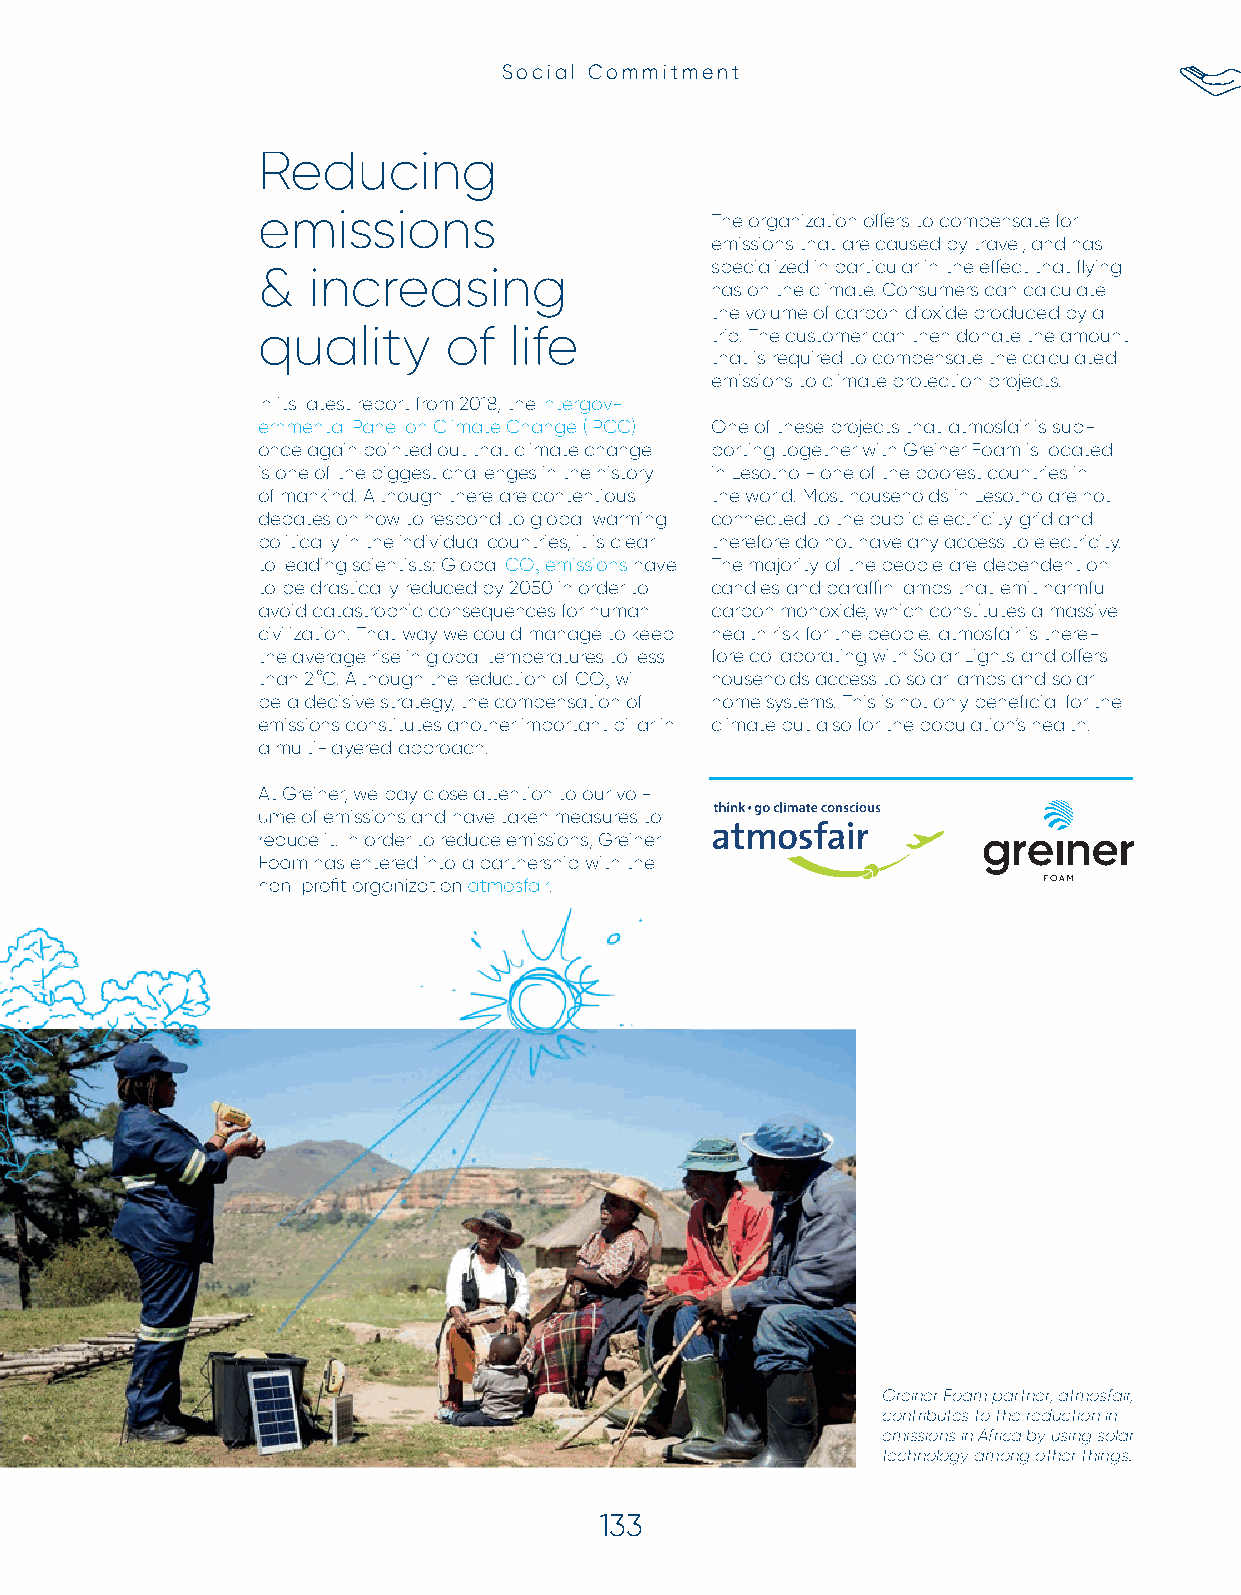
Social Commitment
 Reducing
 emissions                     The organization off ers to compensate for
 emissions that are caused by travel, and has
 specialized in particular in the eff ect that fl ying
 &  increasing
 has on the climate. Consumers can calculate
 the volume of carbon dioxide produced by a
 quality     of   life         trip. The customer can then donate the amount
 that is required to compensate the calculated
 emissions to climate protection projects.
 In its latest report from 2018, the Intergov-
 ernmental Panel on Climate Change (IPCC) One of these projects that atmosfair is sup-
 once again pointed out that climate change porting together with Greiner Foam is located
 is one of the biggest challenges in the history in Lesotho - one of the poorest countries in
 of mankind. Although there are contentious the world. Most households in Lesotho are not
 debates on how to respond to global warming connected to the public electricity grid and
 politically in the individual countries, it is clear therefore do not have any access to electricity.
 to leading scientists: Global CO emissions have The majority of the people are dependent on
 2
 to be drastically reduced by 2050 in order to candles and paraffi n lamps that emit harmful
 avoid catastrophic consequences for human carbon monoxide, which constitutes a massive
 civilization. That way we could manage to keep health risk for the people. atmosfair is there-
 the average rise in global temperatures to less fore collaborating with Solar Lights and off ers
 than 2 °C. Although the reduction of CO will households access to solar lamps and solar
 2
 be a decisive strategy, the compensation of home systems. This is not only benefi cial for the
 emissions constitutes another important pillar in climate but also for the population’s health.
 a multi-layered approach.
 AAtt GGrreeiinneerr,, wwee ppaayy cclloossee aatttteennttiioonn ttoo oouurr vvooll--
 uummee ooff eemmiissssiioonnss aanndd hhaavvee ttaakkeenn mmeeaassuurreess ttoo
 rreedduuccee iitt.. IInn oorrddeerr ttoo rreedduuccee eemmiissssiioonnss,, GGrreeiinneerr
 FFooaamm hhaass eenntteerreedd iinnttoo aa ppaarrttnneerrsshhiipp wwiitthh tthhee
 nnnooonnn---ppprrrooofififi ttt ooorrrgggaaannniiizzzaaatttiiiooonnn aattmmoossffaaiirr..
 Greiner Foam partner, atmosfair,
 contributes to the reduction in
 emissions in Africa by using solar
 technology among other things.
 133